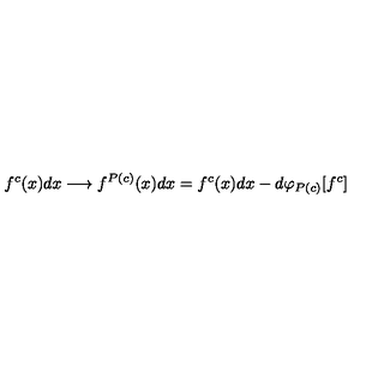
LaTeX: f ^ { c } ( x ) d x \longrightarrow f ^ { P ( c ) } ( x ) d x = f ^ { c } ( x ) d x - d \varphi _ { P ( c ) } [ f ^ { c } ]